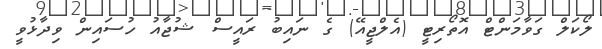
ލޯކަލް ގަވާމަންޓް އޮތޯރިޓީ (އެލްޖީއޭ) ގެ ނައިބު ރައީސް ޝުޖާއު ހުސައިން ވިދާޅުވީ